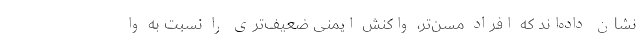
نشان داده‌اند که افراد مسن‌تر، واکنش ایمنی ضعیف‌تری را نسبت به وا